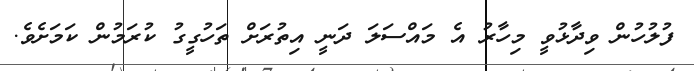
ފުލުހުން ވިދާޅުވީ މިހާރު އެ މައްސަލަ ދަނީ އިތުރަށް ތަހުގީގު ކުރަމުން ކަމަށެވެ.